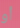
أو